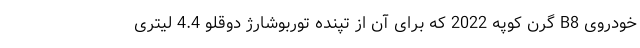
خودروی B8 گرن کوپه 2022 که برای آن از تپنده توربوشارژ دوقلو 4.4 لیتری